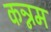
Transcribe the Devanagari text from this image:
कन्नम